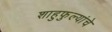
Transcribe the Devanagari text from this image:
शाहुफुल्यांचे